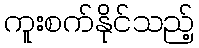
ကူးစက်နိုင်သည့်